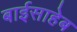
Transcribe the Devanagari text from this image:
बाईसाहेब